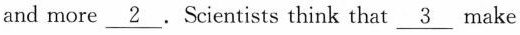
and more\underline{2}.Scientists think that\underline{3} make